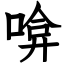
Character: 啽